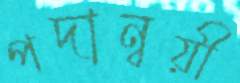
পদান্বয়ী